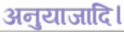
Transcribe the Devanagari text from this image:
अनुयाजादि।